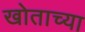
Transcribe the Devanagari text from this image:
खोताच्या